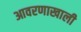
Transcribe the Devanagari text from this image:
आवरणाखाली